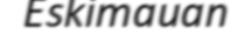
Eskimauan